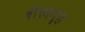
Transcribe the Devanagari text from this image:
शैलगृह